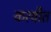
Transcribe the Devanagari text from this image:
करवीत